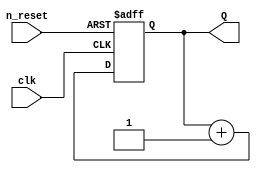
`timescale 1ns / 1ps
//////////////////////////////////////////////////////////////////////////////////
// Company: 
// Engineer: 
// 
// Design Name: 	 N bit counter
// Module Name:    cntr 
// Project Name: 	 Registers and Counters
// Target Devices: 
// Tool versions: 
// Description: 
//
// Dependencies: 
//
// Revision: 
// Revision 0.01 - File Created
// Additional Comments: 
//
//////////////////////////////////////////////////////////////////////////////////

module cntr
#(parameter N = 4)(
	input clk, n_reset,
	output wire [N-1: 0] Q
);
		
	reg [N-1: 0] R_current, R_next;

	// register
	always @(posedge clk or negedge n_reset) begin
		if(~n_reset) begin
			R_current <= 0;
		end
		else begin
			R_current <= R_next;
		end
	end

	// NS logic
	always @(*) begin
		R_next = R_current + 1;
	end

	// OP logic
	assign Q = R_current;
	
endmodule